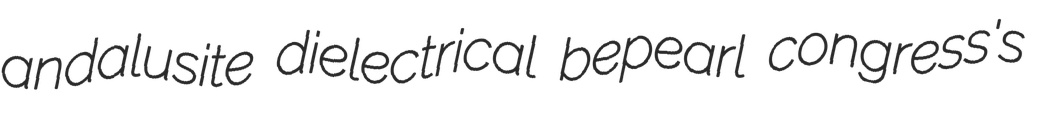
andalusite dielectrical bepearl congress's